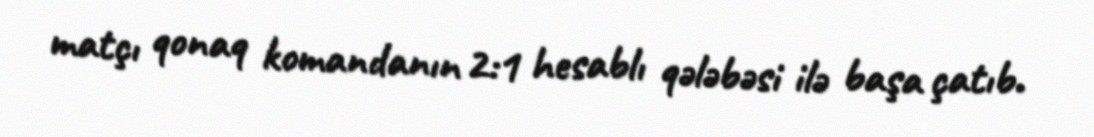
matçı qonaq komandanın 2:1 hesablı qələbəsi ilə başa çatıb.